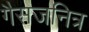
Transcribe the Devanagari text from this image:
गैसजनित्र